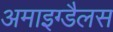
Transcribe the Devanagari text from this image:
अमाइग्डैलस